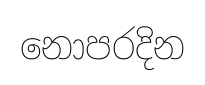
නොපරදින